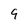
Character: 9